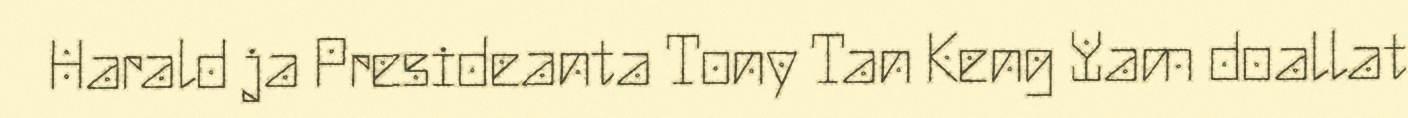
Harald ja Presideanta Tony Tan Keng Yam doallat